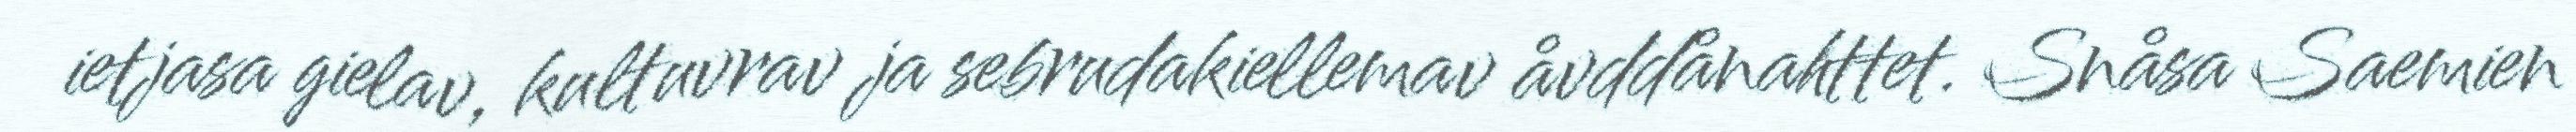
ietjasa gielav, kultuvrav ja sebrudakiellemav åvddånahttet. Snåsa Saemien